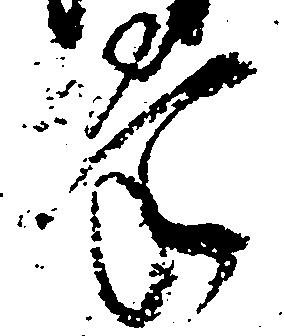
掌